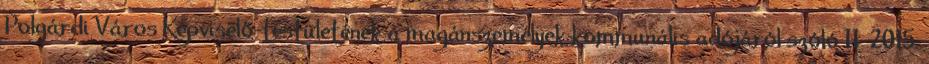
Polgárdi Város Képviselő-testületének a magánszemélyek kommunális adójáról szóló 11 2015.